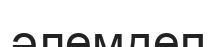
әлемдеп